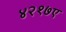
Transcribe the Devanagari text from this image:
४२१७ए